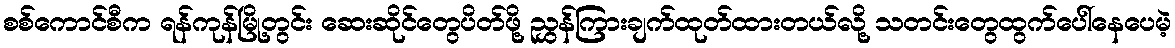
စစ်ကောင်စီက ရန်ကုန်မြို့တွင်း ဆေးဆိုင်တွေပိတ်ဖို့ ညွှန်ကြားချက်ထုတ်ထားတယ်လို့ သတင်းတွေထွက်ပေါ်နေပေမဲ့